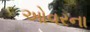
ઓવરના